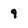
Character: 9